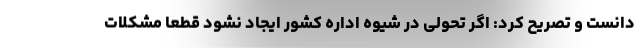
دانست و تصریح کرد: اگر تحولی در شیوه اداره کشور ایجاد نشود قطعا مشکلات